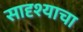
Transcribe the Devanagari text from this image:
सादृश्याचा